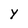
Character: Y